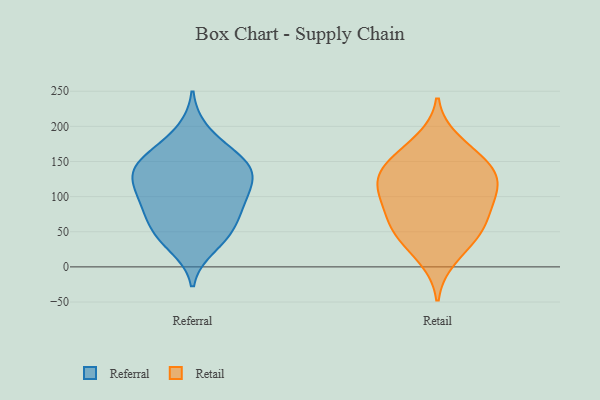
{"axis": {"x": "Waste Production (Tons)", "y": "Value"}, "legend": ["Referral", "Retail"], "data": [{"x": "", "y": 91, "type": "Referral"}, {"x": "", "y": 146, "type": "Referral"}, {"x": "", "y": 159, "type": "Referral"}, {"x": "", "y": 29, "type": "Referral"}, {"x": "", "y": 54, "type": "Referral"}, {"x": "", "y": 126, "type": "Referral"}, {"x": "", "y": 100, "type": "Referral"}, {"x": "", "y": 141, "type": "Referral"}, {"x": "", "y": 124, "type": "Referral"}, {"x": "", "y": 52, "type": "Referral"}, {"x": "", "y": 80, "type": "Referral"}, {"x": "", "y": 84, "type": "Referral"}, {"x": "", "y": 118, "type": "Referral"}, {"x": "", "y": 42, "type": "Referral"}, {"x": "", "y": 140, "type": "Referral"}, {"x": "", "y": 193, "type": "Referral"}, {"x": "", "y": 162, "type": "Referral"}, {"x": "", "y": 143, "type": "Retail"}, {"x": "", "y": 87, "type": "Retail"}, {"x": "", "y": 160, "type": "Retail"}, {"x": "", "y": 105, "type": "Retail"}, {"x": "", "y": 94, "type": "Retail"}, {"x": "", "y": 124, "type": "Retail"}, {"x": "", "y": 55, "type": "Retail"}, {"x": "", "y": 143, "type": "Retail"}, {"x": "", "y": 39, "type": "Retail"}, {"x": "", "y": 180, "type": "Retail"}, {"x": "", "y": 12, "type": "Retail"}, {"x": "", "y": 131, "type": "Retail"}, {"x": "", "y": 114, "type": "Retail"}, {"x": "", "y": 51, "type": "Retail"}, {"x": "", "y": 64, "type": "Retail"}]}